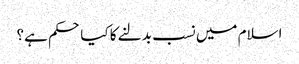
اسلام میں نسب بدلنے کا کیا حکم ہے؟